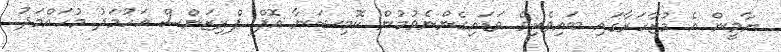
ޔާމީން އެ މުޒާހަރާގައި ބައިވެރިވެ ވަޑައިގެންނެވުމުން ކޮމިޝަނާ އޮފް ޕްރިޒަންސް އަހުމަދު މުހައްމަދު